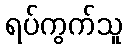
ရပ်ကွက်သူ